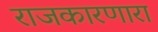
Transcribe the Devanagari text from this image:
राजकारणारा